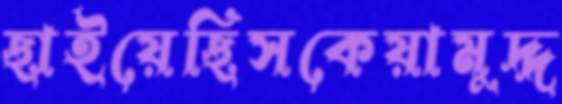
ছাইয়েছিসকেয়ামুদ্দ